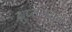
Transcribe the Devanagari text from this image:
ग्रुप्समधून